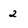
Character: 2